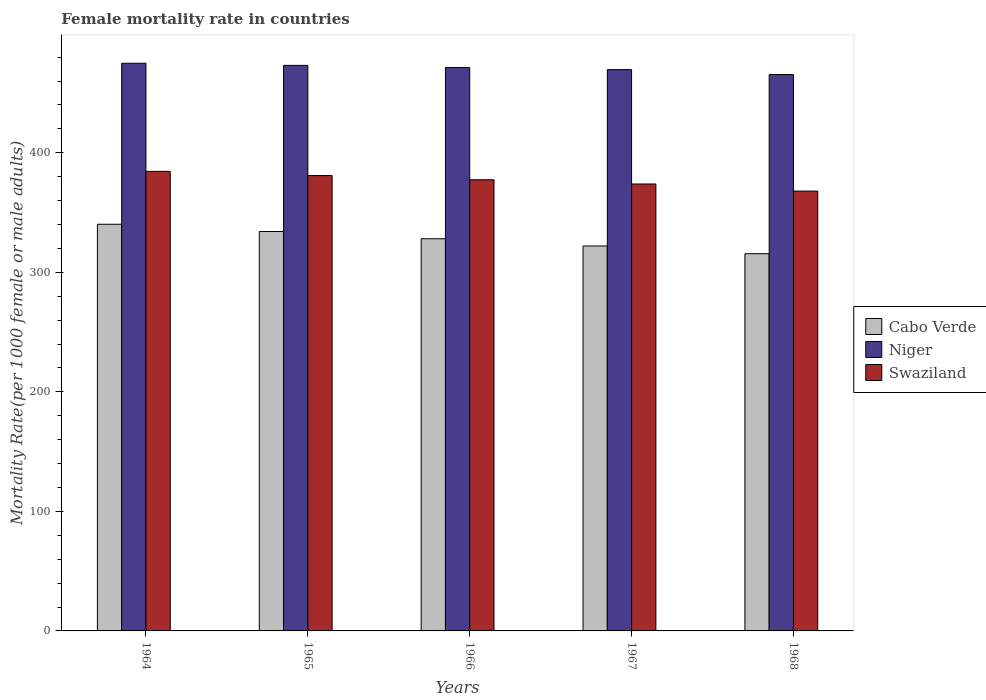
| Years | Cabo Verde | Niger | Swaziland |
 | --- | --- | --- | --- |
 | 1964 | 340 | 475 | 384 |
 | 1965 | 334 | 473 | 381 |
 | 1966 | 328 | 471 | 377 |
 | 1967 | 322 | 470 | 374 |
 | 1968 | 316 | 465 | 368 |